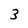
Character: 3